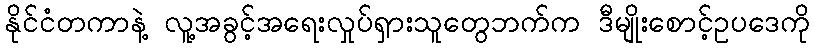
နိုင်ငံတကာနဲ့ လူ့အခွင့်အရေးလှုပ်ရှားသူတွေဘက်က ဒီမျိုးစောင့်ဥပဒေကို